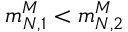
m _ { N , 1 } ^ { M } < m _ { N , 2 } ^ { M }